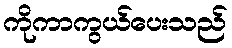
ကိုကာကွယ်ပေးသည်